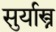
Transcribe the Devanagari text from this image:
सुर्यास्त्र